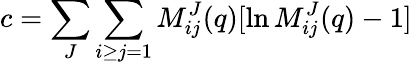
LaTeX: c=\sum_{J}\sum_{i\geq j=1}M_{ij}^{J}(q)[\ln M_{ij}^{J}(q)-1]